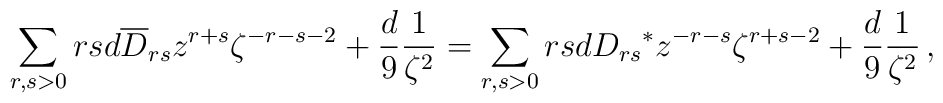
\sum_{r,s>0}rsd\overline D_{rs}z^{r+s}\zeta^{-r-s-2}+{d\over 9}{1\over{\zeta^2}}=\sum_{r,s>0}rsd{D_{rs}}^\ast z^{-r-s}\zeta^{r+s-2}+{d\over 9}{1\over{\zeta^2}}\,,